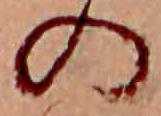
の